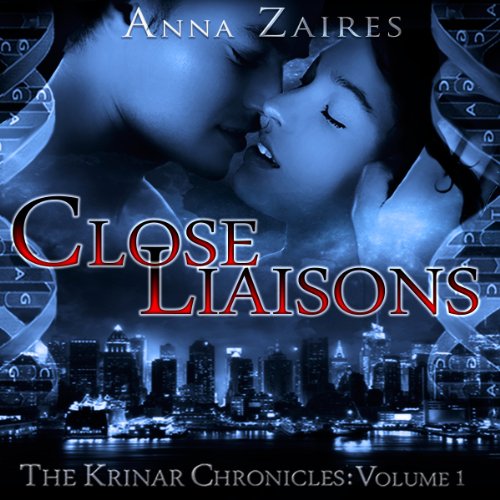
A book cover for Close Liaisons: The Krinar Chronicles, Volume 1; Anna Zaires; Romance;